Indian journal of veterinary science and animal husbandry - Volume 13,
Year: 1943
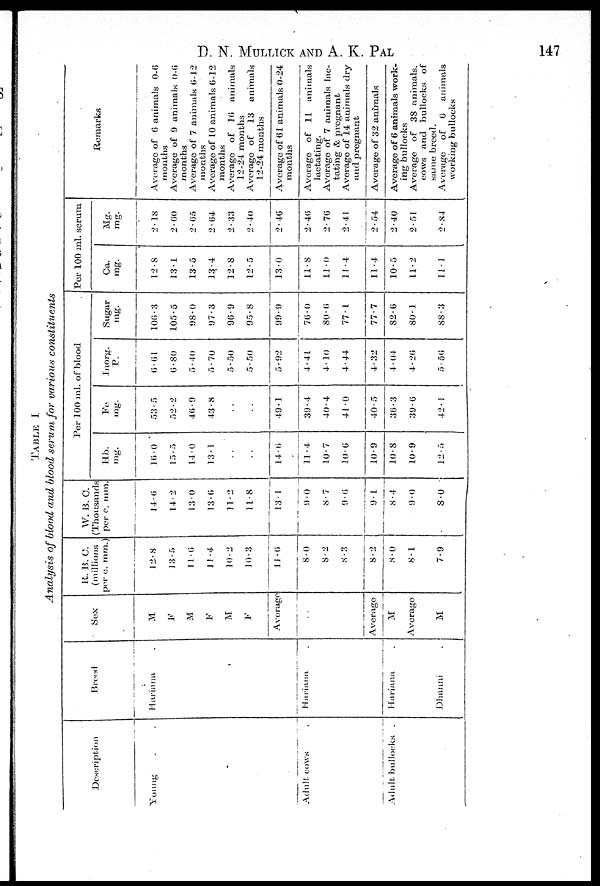
D. N. MULLICK AND A. K. PAL 147
TABLE I.
Analysis of blood and blood serum for various constituents
Description
Young . .
Adult cows .
Adult bullocks .
Breed
Hariana
Hariana .
Hariana .
Dhanni .
Sex
M
F
M
F
M
F
Average
..
Average
M
Average
M
R. B. C.
(millions
per c. mm.)
12-8
13.5
11.6
11.4
10.2
10.3
11.6
8.0
8.2
8.3
8.2
8.0
8.1
7.9
W. B. C.
(Thousands
per c. mm.
14.6
14.2
13.0
13.6
11.2
11.8
13.1
9.0
8.7
9.6
9.1
8.4
9.0
8.0
Per 100 ml. of blood
Hb
mg.
16.0
15.5
14.0
13.1
..
..
14.6
11.4
10.7
10.6
10.9
10.8
10.9
12.5
Fe
mg.
53.5
52.2
46.9
43.8
..
..
49.1
39.4
40.4
41.0
40.5
36.3
39.6
42.1
Inorg.
P.
6.61
6.80
5.40
5.70
5.50
5.50
5.92
4.41
4.10
4.44
4.32
4.04
4.26
5.56
Sugar
mg.
106.3
105.5
98.0
97.3
96.9
95.8
99.9
76.0
80.6
77.1
77.7
82.6
80.1
88.3
Per 100 ml. serum
Ca.
mg.
12.8
13.1
13.5
13.4
12-8
12.5
13.0
11.8
11.0
11.4
11.4
10.5
11.2
11.1
Mg.
mg.
2.18
2.60
2.65
2.64
2.33
2.40
2.46
2.46
2.76
2.41
2.54
2.40
2.51
2.84
Remarks
Average of 6 animals
0-6
months
Average of 9 animals 0-6
months
Average of 7 animals 6-12
months
Average of 10 animals 6-12
months
Average of 10
animals
12-24 months
Average of
13
animals
12-24 months
Average of 61 animals 0-24
months
Average of 11
animals
lactating.
Average of 7 animals lae-
tating & pregnant
Average of 14 animals dry
and pregnant
Average of 32 animals
Average of 6 animals work-
ing bullocks
Average of 38 animals.
cows and bullocks of
game breed.
Average
of
6
animals
working bullocks